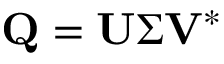
\mathbf { Q } = \mathbf { U } \boldsymbol { \Sigma } \mathbf { V } ^ { * }